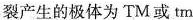
裂产生的极体为TM或tm